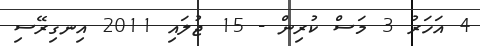
4 އަހަރު 3 މަސް ކުރިން - 15 ޖުލައި 2011 އިނގިރޭސި